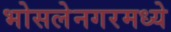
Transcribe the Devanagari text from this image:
भोसलेनगरमध्ये